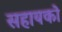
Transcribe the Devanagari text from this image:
सहायको